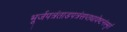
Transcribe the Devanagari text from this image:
भूर्जपत्रंताडपत्रंसप्तधावेष्टनंस्मृतं